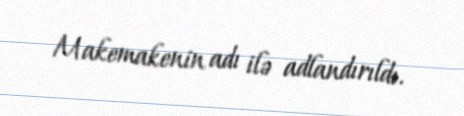
Makemakenin adı ilə adlandırıldı.